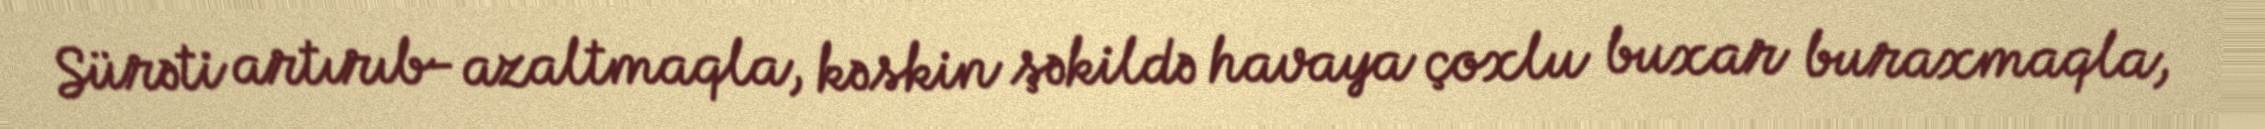
Sürəti artırıb- azaltmaqla, kəskin şəkildə havaya çoxlu buxar buraxmaqla,